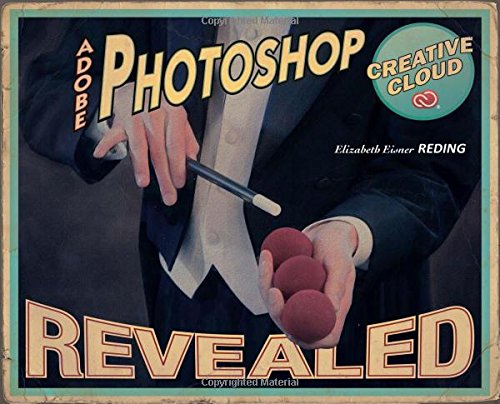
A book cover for Adobe Photoshop Creative Cloud Revealed (Stay Current with Adobe Creative Cloud); Elizabeth Eisner Reding; Computers & Technology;